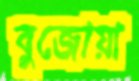
বুজোয়া